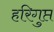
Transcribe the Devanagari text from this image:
हरिगुप्त